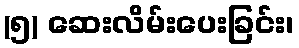
(၅) ဆေးလိမ်းပေးခြင်း၊